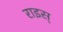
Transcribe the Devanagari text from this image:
राइस्